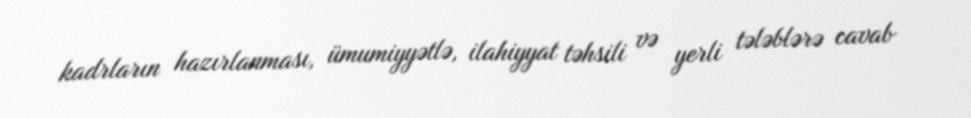
kadrların hazırlanması, ümumiyyətlə, ilahiyyat təhsili və yerli tələblərə cavab